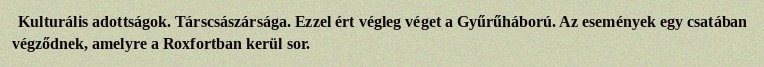
Kulturális adottságok. Társcsászársága. Ezzel ért végleg véget a Gyűrűháború. Az események egy csatában végződnek, amelyre a Roxfortban kerül sor.